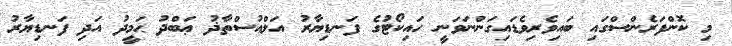
މި ކޮންފަރެންސްގައި ބައިވެރިވެޑައިގަންނަވަނީ ހައިކޯޓުގެ ފަނޑިޔާރު އަލްއުސްތާޛު ޢަބްދު ޙަމީދު އަދި ފަނޑިޔާރު